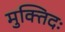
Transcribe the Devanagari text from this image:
मुक्तिदः